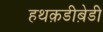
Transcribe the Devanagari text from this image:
हथक़डीब़ेडी